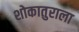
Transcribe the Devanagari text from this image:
शोकातुराला